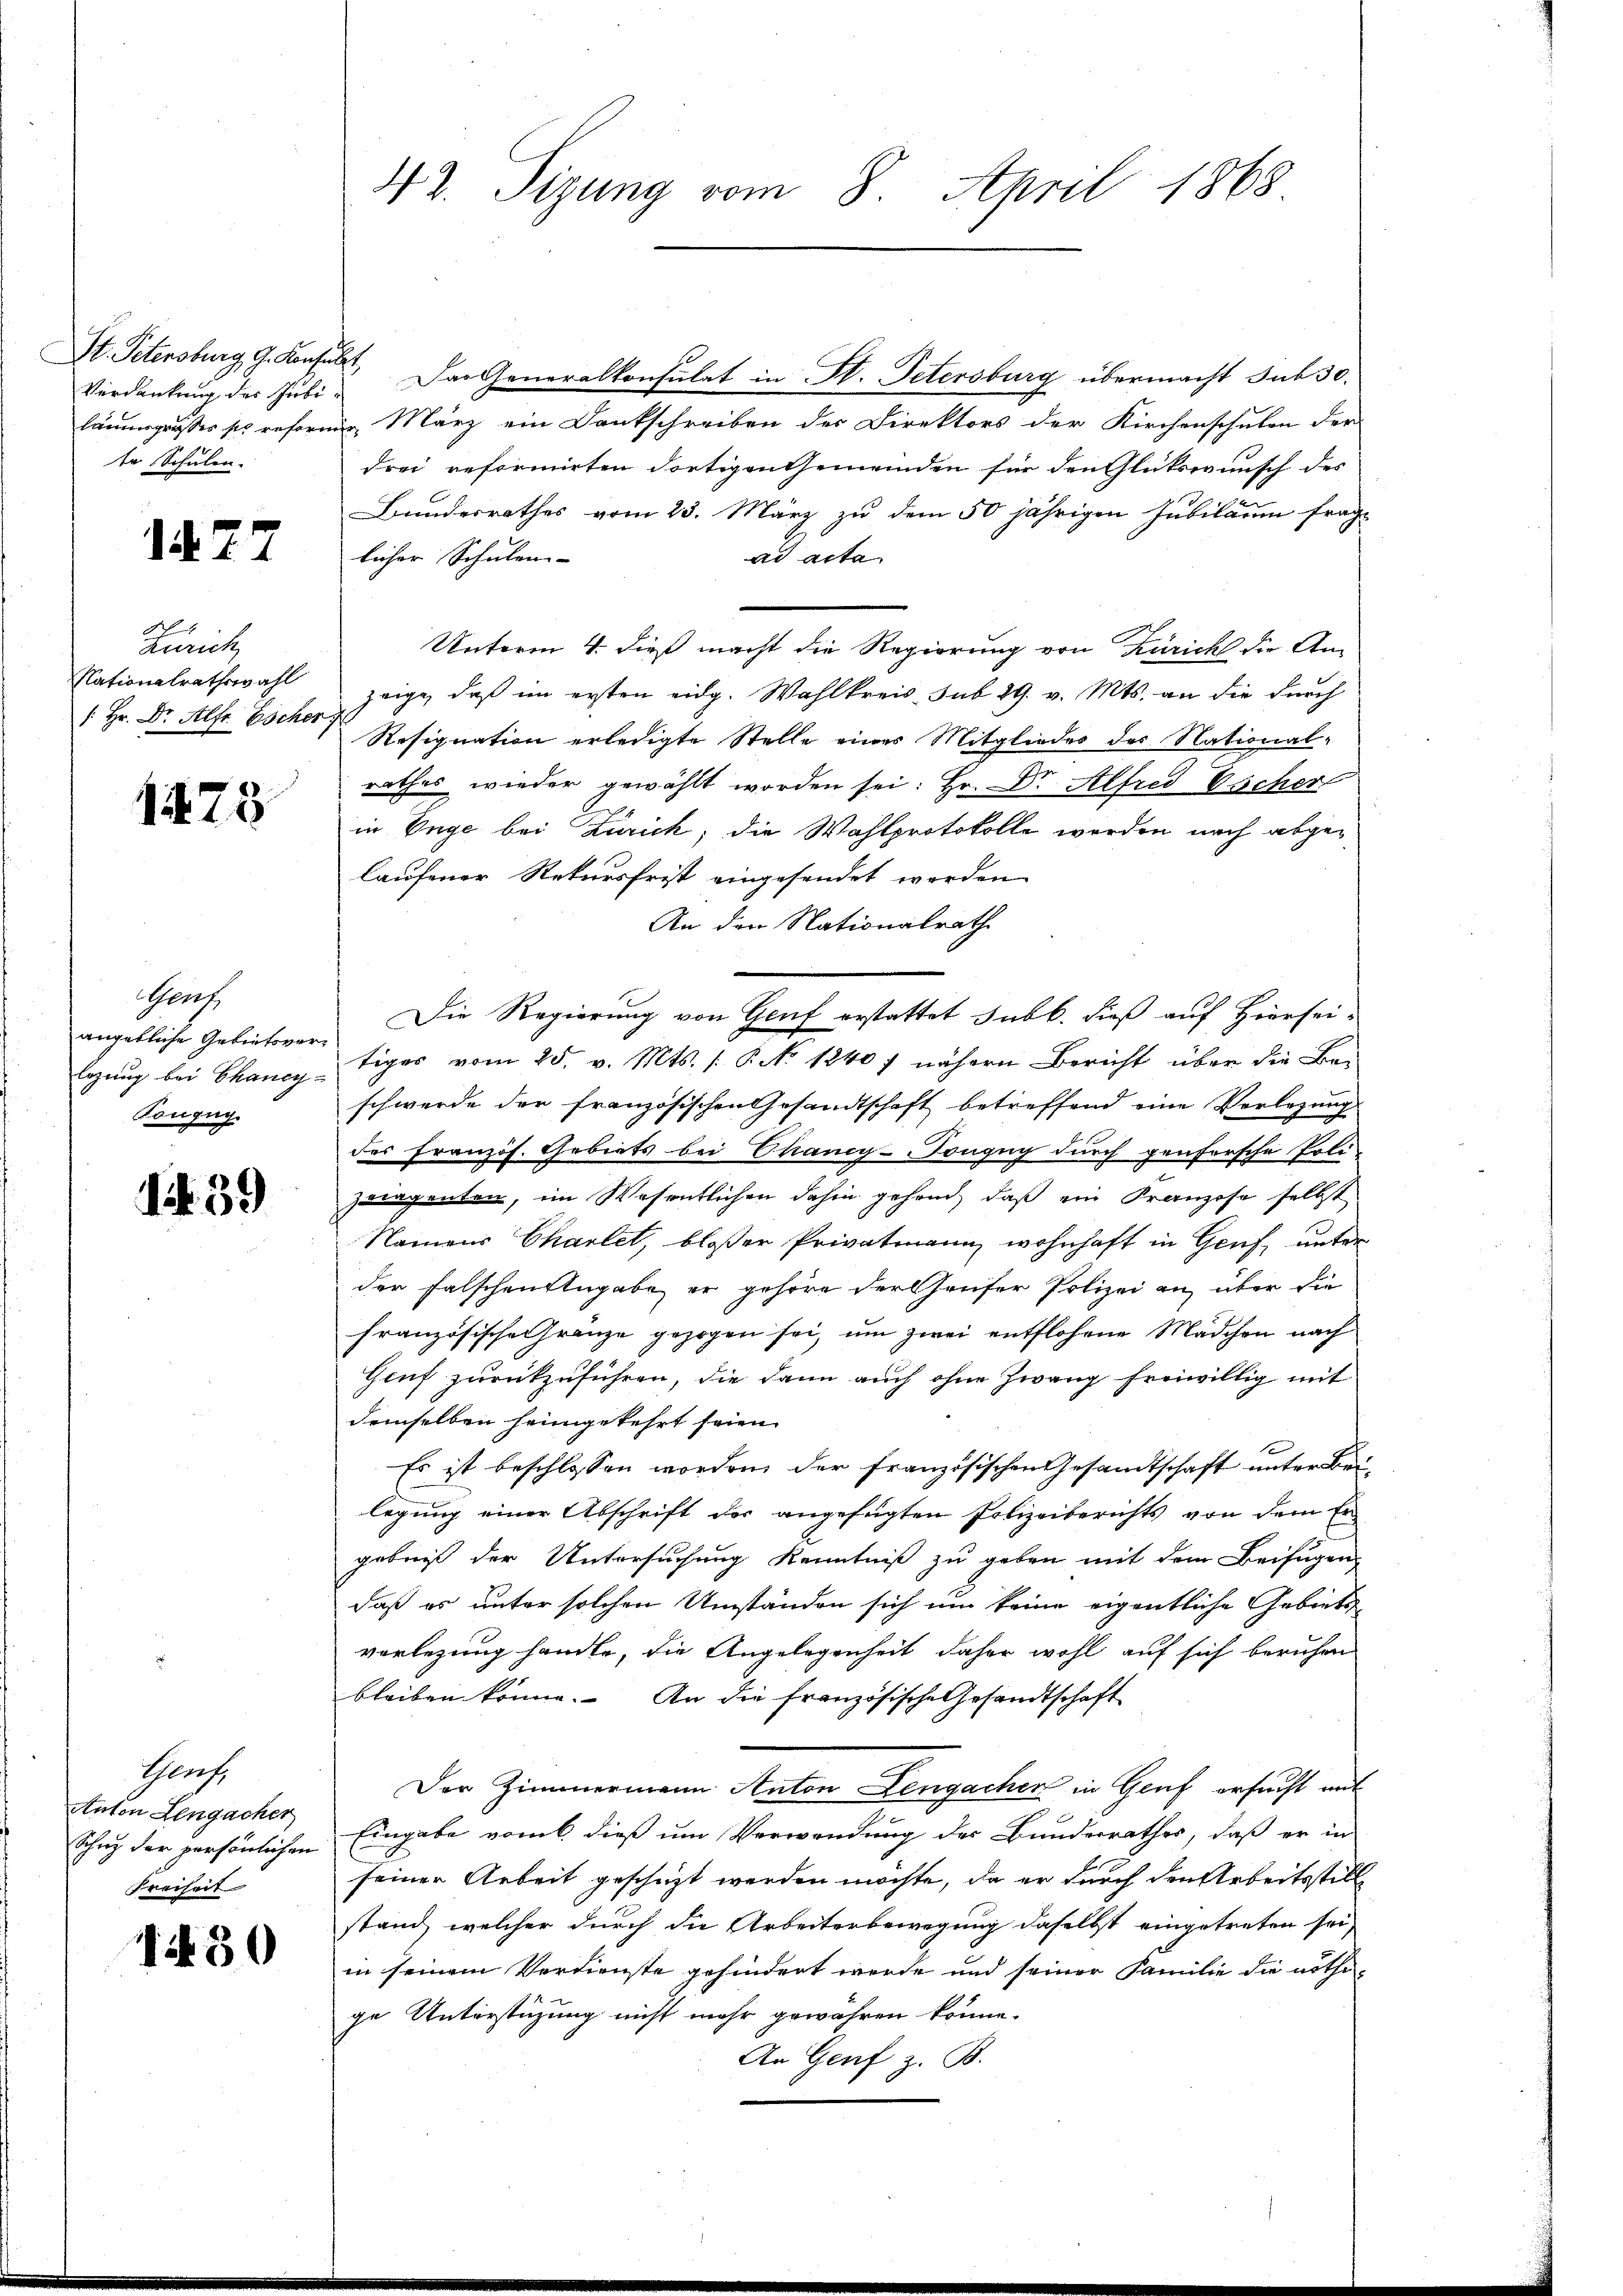
Verdankung der Jubite Schulen.

177

Zürich
Nationalrathswahl
/: Hr. Dr. Alfr Escher

173

Genf,
angebliche Gebietsver¬
Tongug.

if. 39

St. Petersburg, G. Konsult. Der Generalkonsulat in St. Petersburg übermacht sub 30.
läumsgrußes sie reformier, März ein Dankschreiben der Direktors der Kirchenschulen der
drei reformirten dortigen Gemeinden für den Glückwunsch des
Bundesrathes vom 23. März zu dem 50 jährigen Jubilaren frag
licher Schulen- |
ad acta
Unterm 4. dieß macht die Regierung von Zürich die An-
zeige, daß im ersten eidg. Wahlkreis sub 29. v. Mts. an die durch
Resignation erledigte Stelle eines Mitgliedes des National-
rathes wieder gewählt worden sei: Hr. Dr. Alfred Escher
in Enge bei Zürich; die Wahlprotokolle werden nach abgelaufener Rekursfrist eingesendet werden
An der Nationalrath
Die Regierung von Genf erstattet subb. dieß auf Hierseilgŭng bei Chancy tiges vom 25. v. Mts. 1. P. No 1240 7 nähern Bericht über die Be-
schwerde der französischen Gesandtschaft betreffend eine Vorlegung
des französ. Gebiets bei Chancy-Tonguy durch genfersche Poli-
zeragenten, im Wesentlichen dahin gehend, daß ein Franzose selbst
Namens Chartet, bloßer Privatmann wohnhaft in Genf, unter
der Falschen Angabe er gehöre der Hauser Polizei an, über die
französische Grenze gezogen sei, um zwei entflohene Mädchen nach
Genf zurückzuführen, die dann auch ohne Zwang freiwillig mit
demselben heimgekehrt seien.
Es ist beschlossen worden, der französischen Gesandtschaft unter Beilegung einer Abschrift der angefügten Polizeiberichts von dem En
gebniß der Untersuchung Kenntniß zu geben mit dem Beifügen,
daß es unter solchen Umständen sich um keine eigentliche Gebiets
vorlegung handle, die Angelegenheit daher wohl auf sich beruhen
bleiben könne. An die französische Gesandtschaft
Der Zimmermann Anton Lengacher in Graf ersucht auf
Schug der persönlichen Eingabe vom 6. dieß um Verwendung des Bundesrathes, daß er in
seiner Arbeit geschüzt werden möchte, da er durch den Arbeitsstill
stand, welcher durch die Arbeiterbewegung daselbst eingetreten sei,
in seinem Verdienste gehindert werde und seiner Familie die nöthi-
ge Unterstüzung nicht mehr gewähren könne.
An Genf z. B.

Schlecht,
Anton Lengacher
Freiheit

1 § 30

42. Sizung vom 8. April 1868